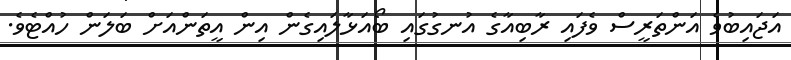
އަޖައިބުވެ އަންތަރީސް ވެފައި ރާބިއާގެ އުނގުގައި ބޯއަޅާލައިގެން އިން އީތަންއަށް ބަލަން ހުއްޓެވެ.